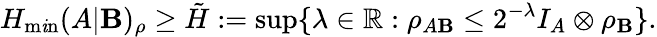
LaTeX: H_{\operatorname*{m\mathit{i}n}}(A|\mathbf{B})_{\rho}\geq\tilde{{H}}:=\operatorname*{sup}\{ \lambda\in\mathbb{{R}}:\rho_{A\mathbf{B}}\leq2^{-\lambda}I_{A}\otimes\rho_{\mathbf{B}}\} .